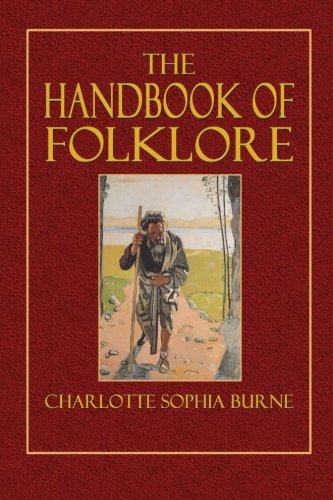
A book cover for The Handbook of Folklore; Charlotte Sophia Burne; Reference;